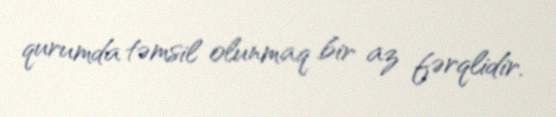
qurumda təmsil olunmaq bir az fərqlidir.